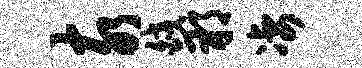
亥皎朔凄